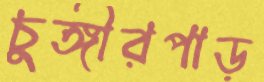
চুঙ্গীরপাড়